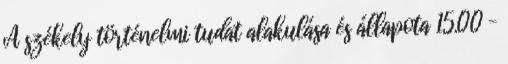
A székely történelmi tudat alakulása és állapota 15.00 –